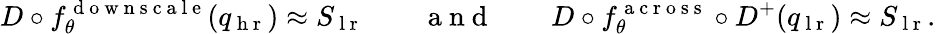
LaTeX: D\circ f_{\theta}^{\mathrm{~d~o~w~n~s~c~a~l~e~}}(q_{\mathrm{~h~r~}})\approx S_{\mathrm{~l~r~}}\qquad\mathrm{~a~n~d~}\qquad D\circ f_{\theta}^{\mathrm{~a~c~r~o~s~s~}}\circ D^{+}(q_{\mathrm{~l~r~}})\approx S_{\mathrm{~l~r~}}.